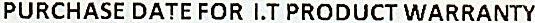
PURCHASE DATE FOR I.T PRODUCT WARRANTY